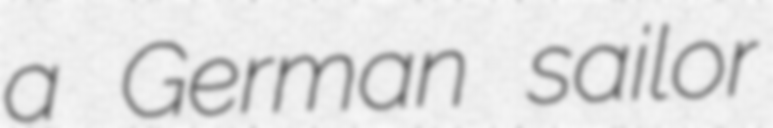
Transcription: a German sailor